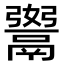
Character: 𩱆